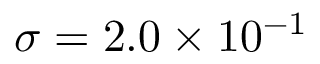
\sigma = 2 . 0 \times 1 0 ^ { - 1 }